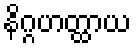
နိဂ္ဂဟတ္ထာယ